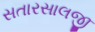
સતારસાલજી